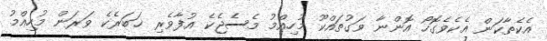
އެކެތާކަން އެކެވެގޮހޯ އޮންނާ ވަގުތައްކޫ މުހިއްމު މެސެޖެކެ އުފާވެރި ޚަބަރެކެ ވަރަން މުހިއްމު